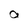
Character: a